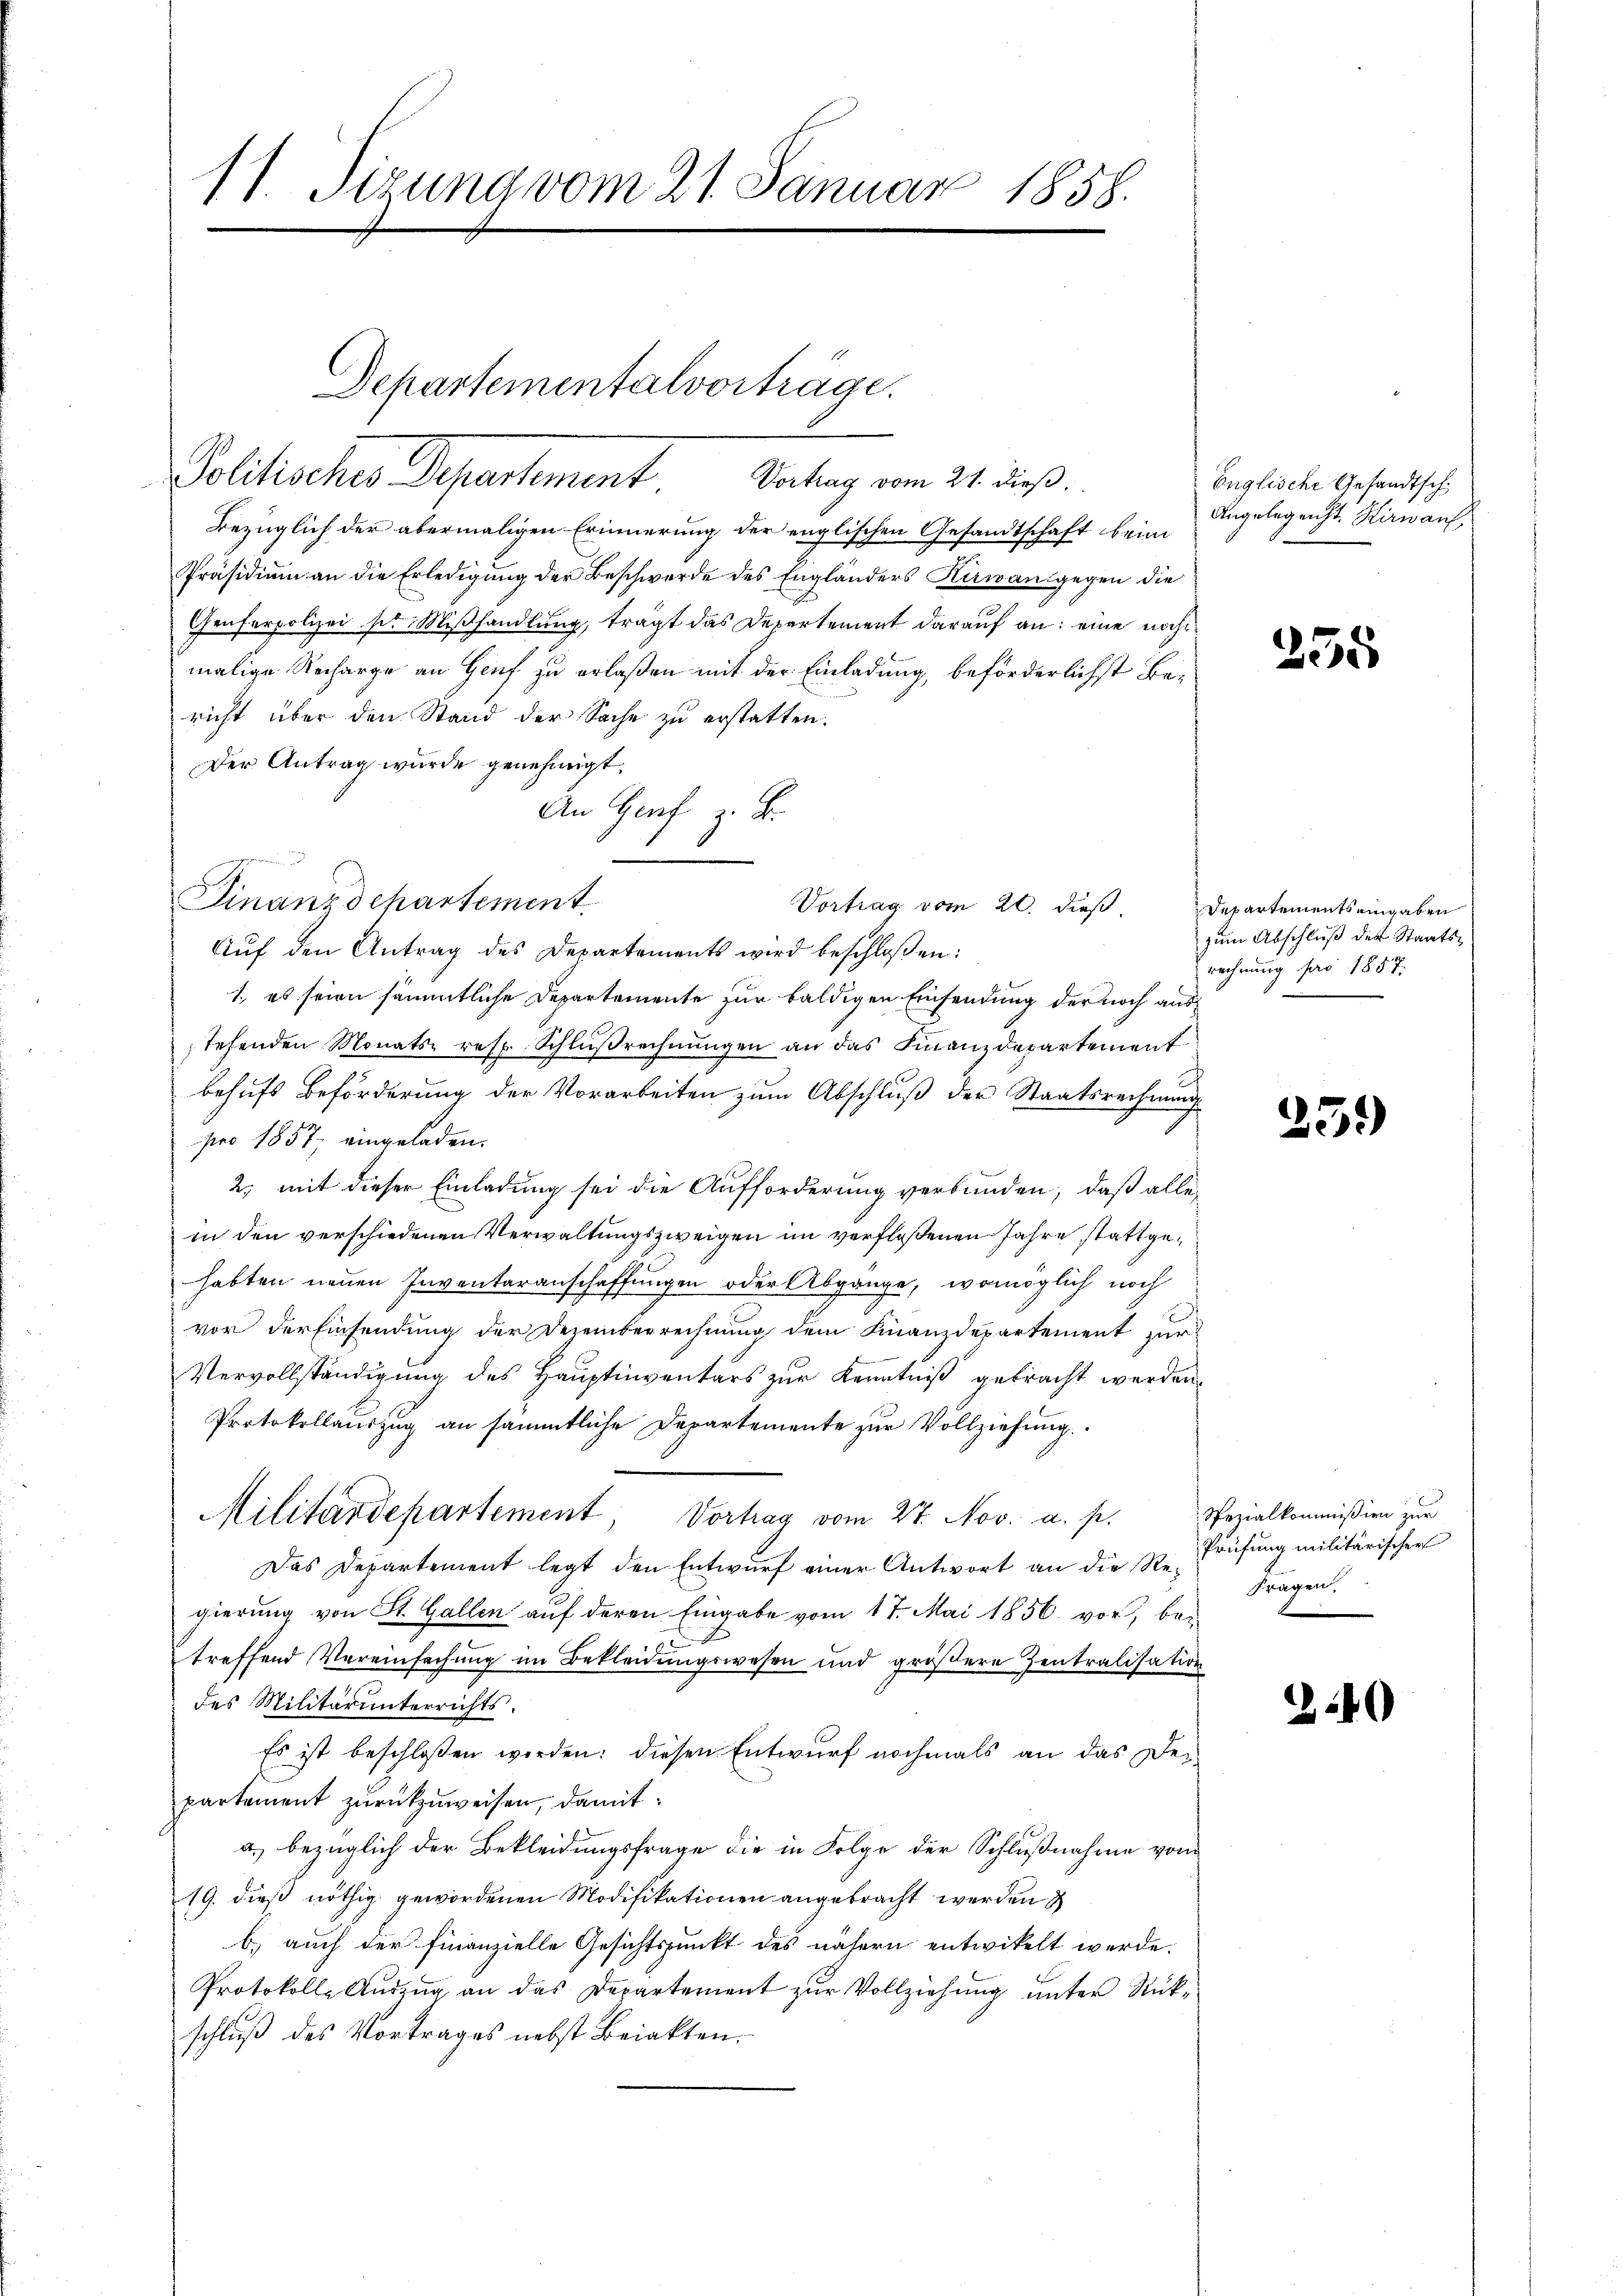
11. Sizung vom 21. Januar 1858.

Departementalvorträge.
Solitisches Departement Satung vom 21. dieß

Bezüglich der abermaligen Erinnerung der englischen Gesandtschaft beim
Präsidium an die Erledigung der Beschwerde des Engländers Kerwangegen die
Genferpolizei sie Mißhandlung, trägt das Departement darauf an: eine nach
malige Recharge an Genf zu erlaßen mit der Einladung, beförderlichst Bericht über den Stand der Sache zu erstatten.
Der Antrag wurde genehmigt.
An Graf z. B.

Finanzdepartement.
Vortrag vom 20. dieß. Departements eingaben

Aŭf den Antrag des Departements wird beschloßen:
1., es seien sämmtliche Departemente zur baldigen Einsendung der noch austehenden Monats- resp. Schlußrechnŭngen an das Finanzdepartement
behufs Beförderung der Vorarbeiten zum Abschluß der Staatsrechnung
pro 1857 eingeladen.
2; mit dieser Einladung sei die Aufforderung verbunden, daß alle
in den verschiedenen Verwaltungszweigen im verfloßenen Jahre stattgehabten neuen Inventaranschaffungen oder Abgänge, womöglich noch
vor der Einsendung der Dezemberrechnung dem Finanzdepartement zur
Vervollständigung des Hauptinventars zur Kenntniß gebracht werden.
Protokollauszug an sämmtliche Departemente zur Vollziehung.
Militärdepartement, Vortrag vom 27. Nov. a. p. Spezialkommißion zur
Das Departement legt den Entwurf einer Antwort an die Regierung von St. Gallen auf deren Eingabe vom 17. Mai 1856 vor, bei
u
treffend Vereinfachung im Bekleidungswesen und größere Zentralisation
des Militär unterrichts.
Es ist beschloßen werden: diesen Entwurf nochmals an das Departement zurückzuweisen, damit
a. bezüglich der Bekleidungsfrage die in Folge der Schlußnahme vom
19. dieß nöthig gewordenen Modifikationen angebracht werden
b.) auch der Finanzielle Gesichtspunkt des nähern entwickelt werde.
Protokoll-Auszug an das Departement zur Vollziehung unter Rückschluß des Vortrages nebst Briakten.

Englische Gesandtsch¬
Angelegenst. Kirwan

235

zum Abschluß des Staatsrechnung pro 1857.

259

Prüfung militärischer
Fragen.

240